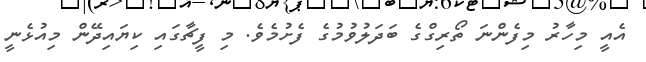
އެއީ މިހާރު މިފެންނަ ތޯރިގްގެ ބަދަލުވުމުގެ ފެށުމެވެ. މި ފީޗާގައި ކިޔައިދޭން މިއުޅެނީ